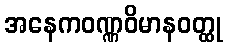
အနေကဝဏ္ဏဝိမာနဝတ္ထု